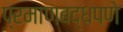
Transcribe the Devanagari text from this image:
प्रमाणबद्धपणे